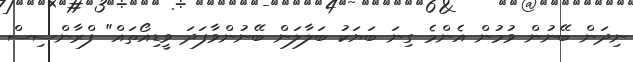
ނިދަން ބޭނުން ވުމުން އެންމެ ގިނަ ބަޔަކު ބަލާލަން ބޭނުންވާފަދަ ވީޑިއޯތައް" ފްރާންސިސް